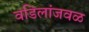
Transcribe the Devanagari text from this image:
वडिलांजवळ